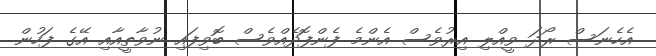
އެހެނަސް ރޯދަ ވީއްލި އިރުވެސް އެންމެ ފެންފޮދެއްވެސް ބޮވިފައި ނުވާތީއާއި އޭގެ ފަހުން